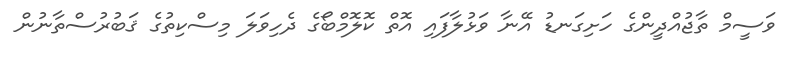
ވަސީމް ތާޖުއްދީންގެ ހަށިގަނޑު އޭނާ ވަޅުލާފައި އޮތް ކޮލޮމްބޯގެ ދެހިވަލަ މިސްކިތުގެ ޤަބުރުސްތާނުން